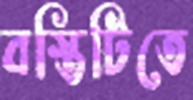
বস্তিটিতে